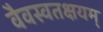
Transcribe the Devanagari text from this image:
वैवस्वतक्षयम्